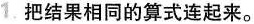
把结果相同的算式连起来。